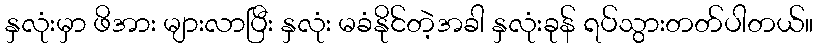
နှလုံးမှာ ဖိအား များလာပြီး နှလုံး မခံနိုင်တဲ့အခါ နှလုံးခုန် ရပ်သွားတတ်ပါတယ်။